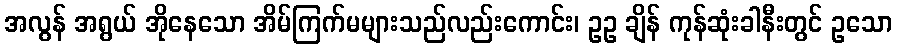
အလွန် အရွယ် အိုနေသော အိမ်ကြက်မများသည်လည်းကောင်း၊ ဥဥ ချိန် ကုန်ဆုံးခါနီးတွင် ဥသော